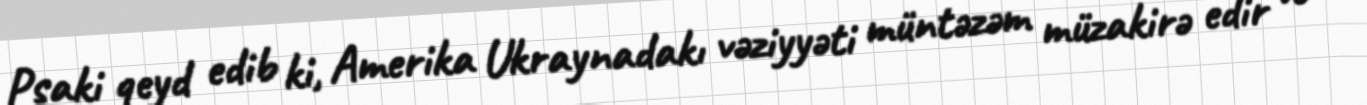
Psaki qeyd edib ki, Amerika Ukraynadakı vəziyyəti müntəzəm müzakirə edir və